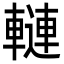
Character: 轋